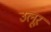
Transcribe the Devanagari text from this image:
उलूर